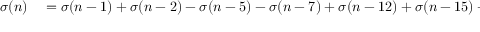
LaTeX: \begin{array} { r l } { \sigma ( n ) } & { { } = \sigma ( n - 1 ) + \sigma ( n - 2 ) - \sigma ( n - 5 ) - \sigma ( n - 7 ) + \sigma ( n - 1 2 ) + \sigma ( n - 1 5 ) + \cdots } \end{array}